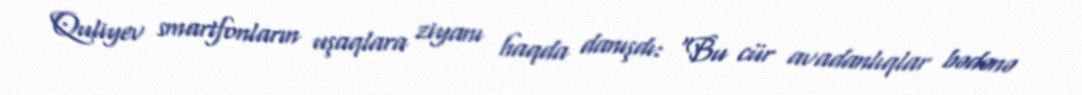
Quliyev smartfonların uşaqlara ziyanı haqda danışdı: “Bu cür avadanlıqlar bədənə